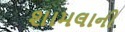
શામલાની